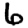
Digit: 6